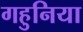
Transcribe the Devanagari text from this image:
गहुनिया